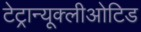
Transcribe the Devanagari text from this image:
टेट्रान्यूक्लीओटिड